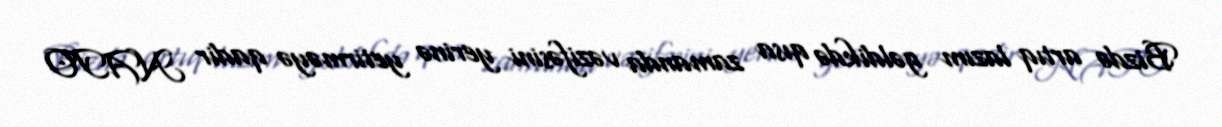
Bizdə artıq lazım gəldikdə qısa zamanda vəzifəsini yerinə yetirməyə qadir NATO